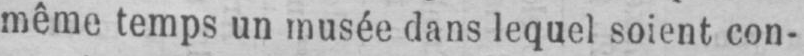
même temps un musée dans lequel soient con-